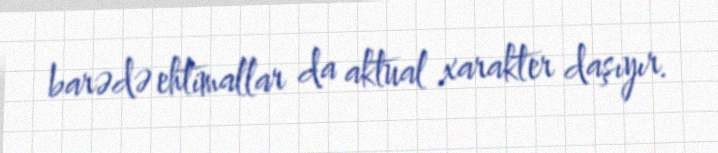
barədə ehtimallar da aktual xarakter daşıyır.